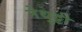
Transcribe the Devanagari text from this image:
नेथुट्टी